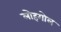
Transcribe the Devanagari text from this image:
लोहगोल